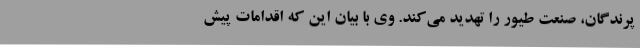
پرندگان، صنعت طیور را تهدید می‌کند. وی با بیان این که اقدامات پیش